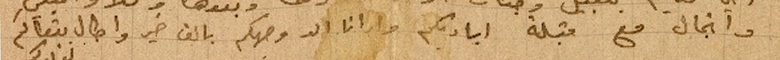
وانجال مع قبلة اياديكم وارانا الله وجهكم بالف خير واطال بقاكم